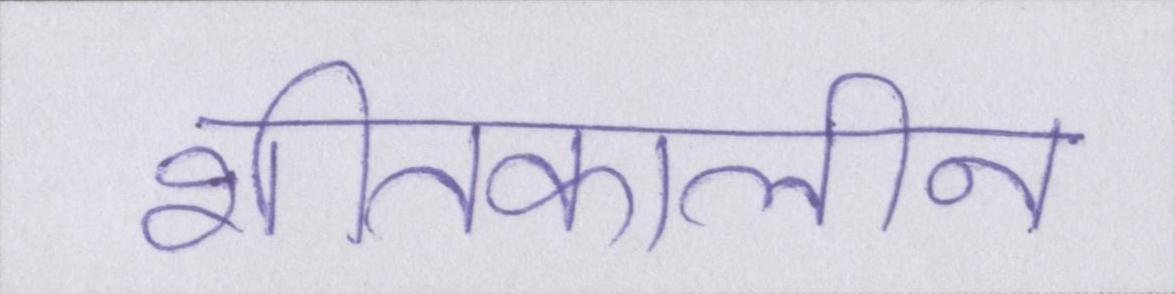
शीतकालीन